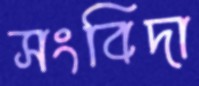
সংবিদা